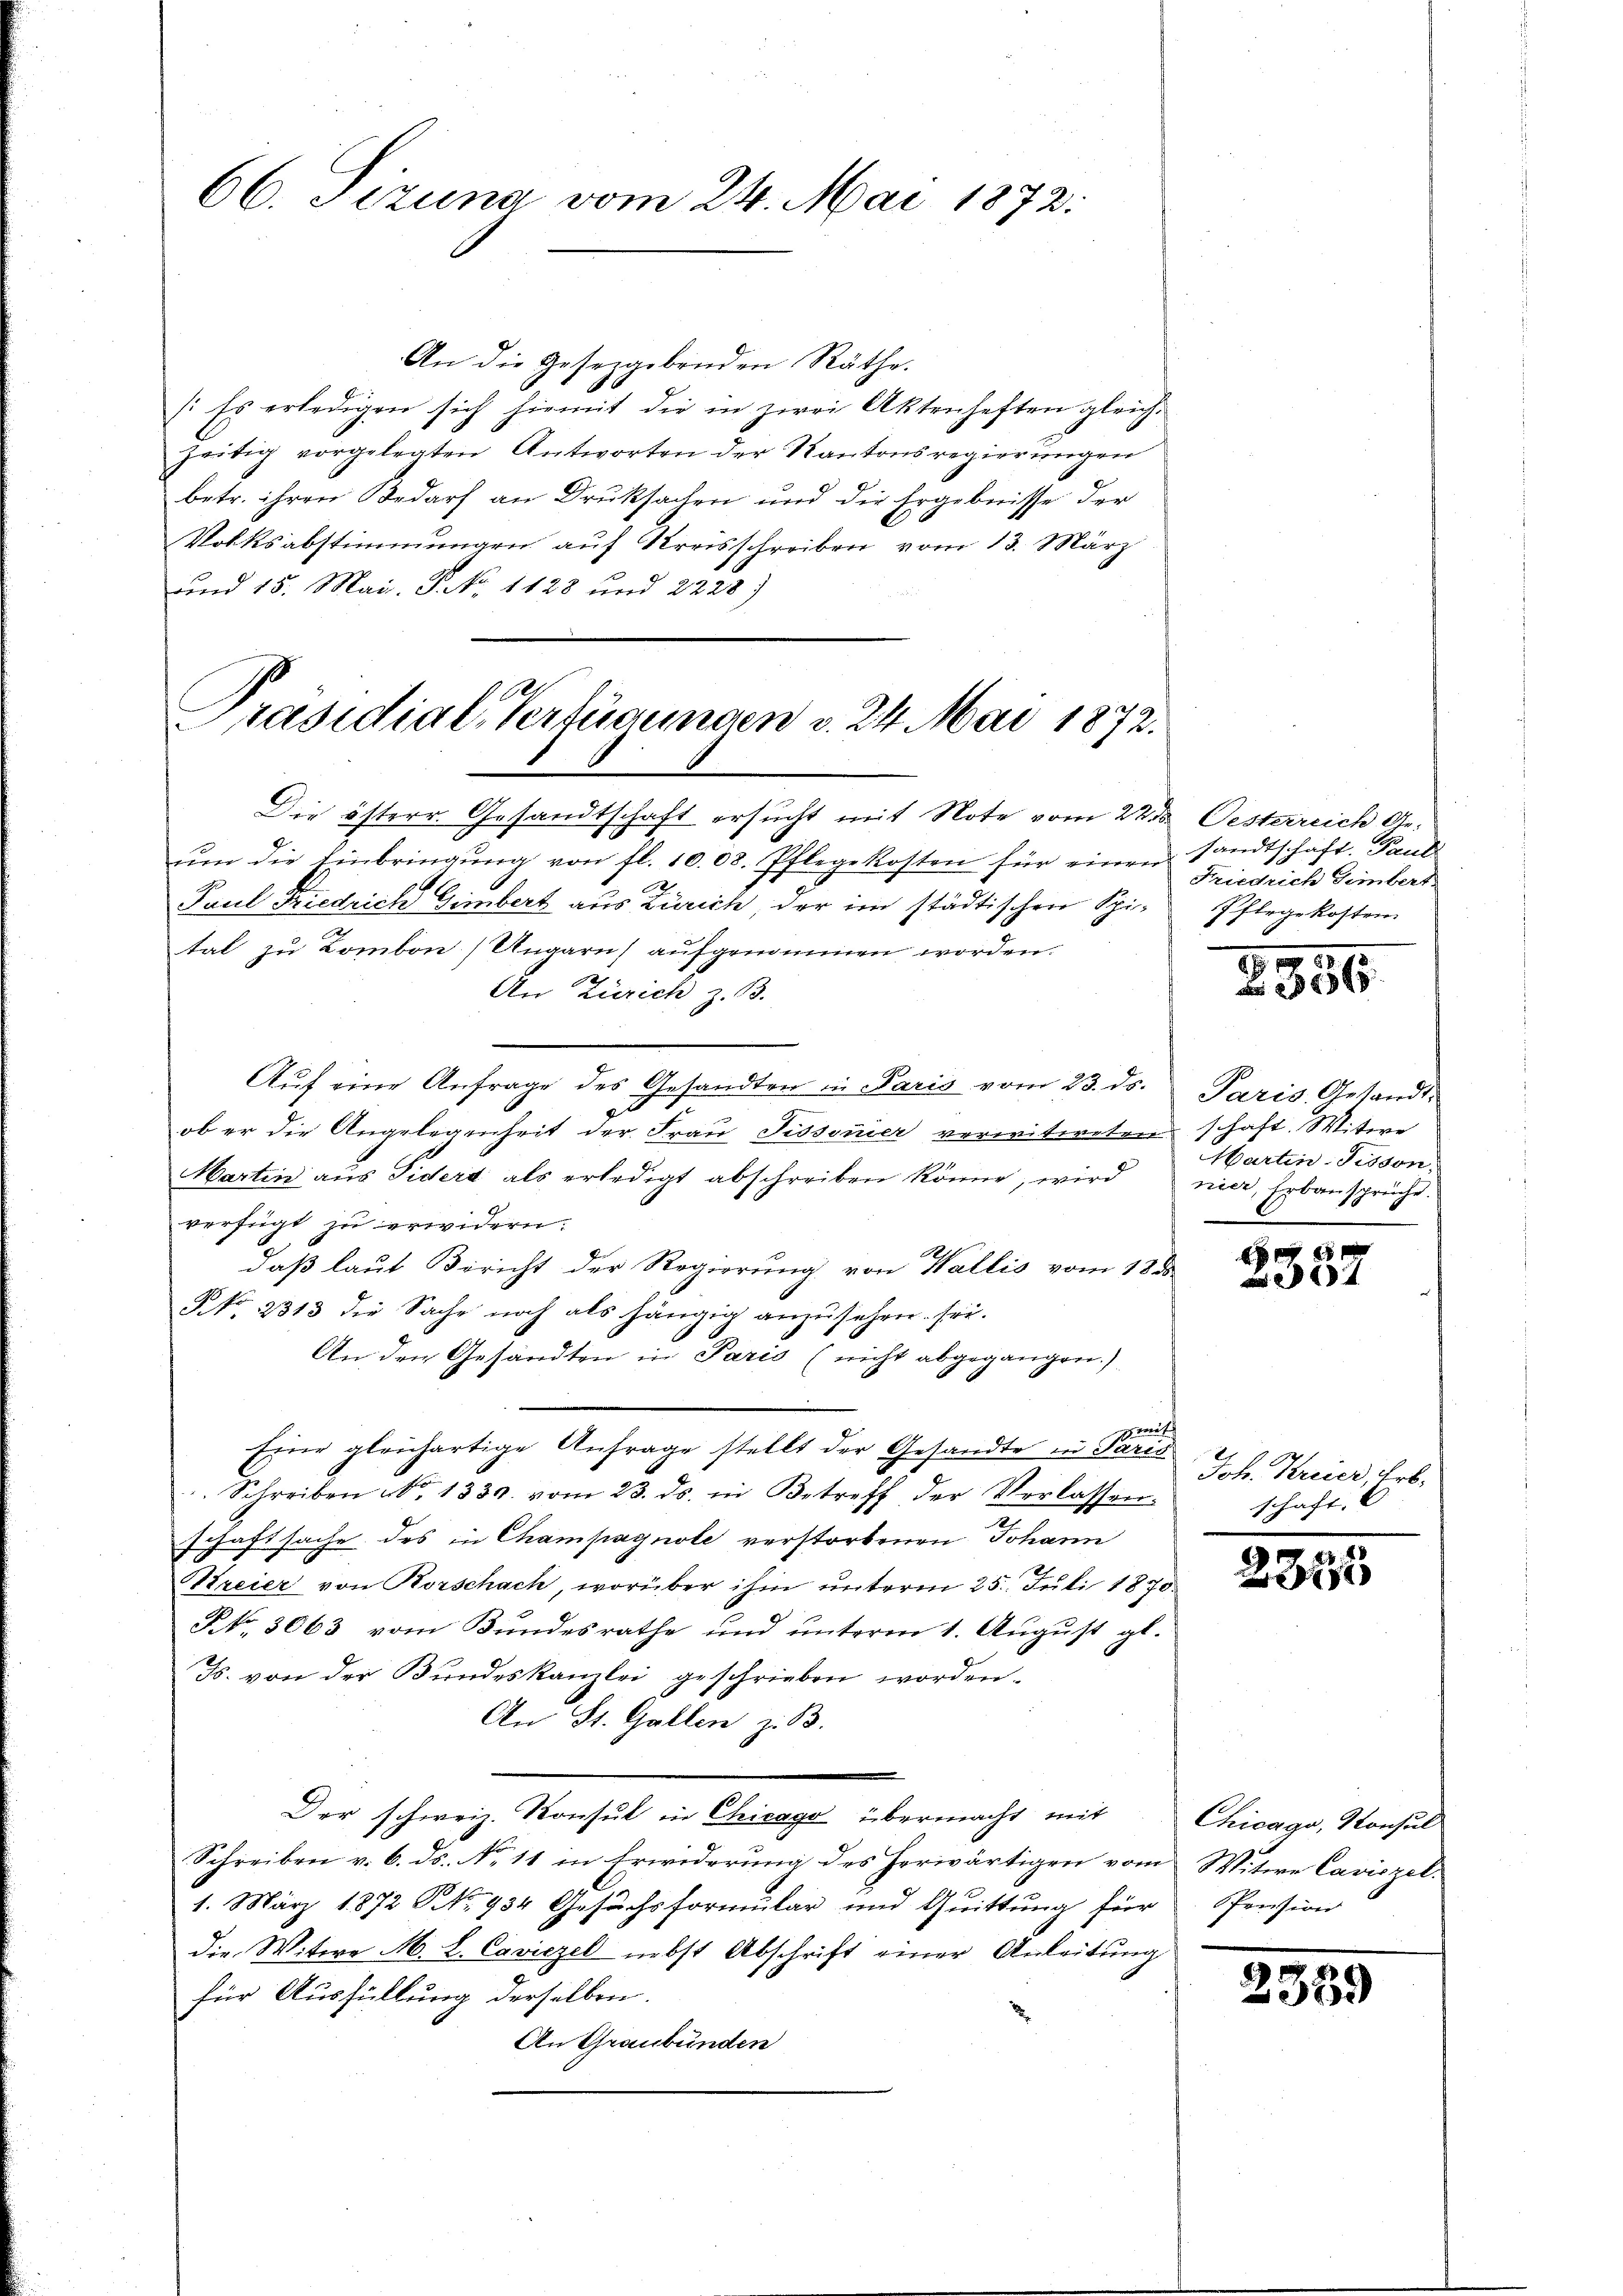
66. Tizuna vom 24. Mai 1872:

Präsidial-Verfügungen v. 24. Mai 1872.

An die Gesetzgebenden Räthe.
(Es erledigen sich hiemit die in zwei Aktenheften gleiche
zeitig vorgelegten Antworten der Kantonsregierungen
betr. ihren Bedarf an Druksachen und die Ergebnisse der
Volksabstimmungen auf Kreisschreiben vom 13. März
und 15. Mai. P. No 1128 und 2228)

Die österr. Gesandtschaft ersucht mit Note vom 22 des Oesterreich Ge-
ŭm die Einbringŭng von fl. 1008. Pflegekosten für einen sandtschaft. Paul
Paul Friedrich Gimbert aus Zürich, der im städtischen Spital zu Lombon Ungarns aufgenommen worden.
An Zürich z. B.
Aŭf eine Anfrage des Gesandten in Paris vom 23. ds.
d
ob er die Angelegenheit der Fraŭ Pissonier verwitweten schaft. Witwe
Martin aus Sidert als erledigt abschreiben könne, wird
verfügt zu erwidern.
daß laut Bericht der Regierung von Wallis vom 18 d
NNo. 2313 die Sache noch als hängig anzusehen. Fri
An den Gesandten in Paris (nicht abgegangen.)
swert
Schreiben No. 1330. vom 23. ds. in Betreff der Verlassen-
schaftsache des in Champagnole verstorbenen Johann
Kreier von Horschach, worüber ihm unterm 25. Juli 1870
Rt. 3063 vom Bŭndesrathe und ŭnterm 1. Aŭgŭst gl.
Js. von der Bundeskanzlei geschrieben worden.
An St. Gallen z. B.
Der schweiz. Konsul in Chicago übermacht mit
Schreiben v. 6. ds. No 11 in Erwiderung des herwärtigen vom Witwe Cariszel
1. März 1872 NNo. 934 Gesuchsformular und Quittung für
die Witwe M. L. Caviezel nebst Abschrift einer Anleitung
für Ausfüllung derselben.
An Graubünden

Eine gleichartige Anfrage stellt der Gesandte in Paris

Friedrich Simbert.
Pflegekosten.

9
 289 18

Paris Gesandt.
Martin-Tisson,
nier, Erbansprüche.

12

Joh. Kreier, Erbschaft.
1

2345

Chicago, Konsul
Pension

2359